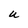
Character: U